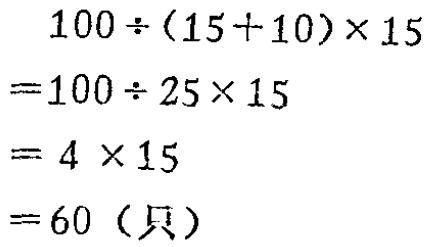
\[
\begin{align*}
&100\div(15 + 10)\times15\\
=&100\div25\times15\\
=&4\times15\\
=&60 (\text{只})
\end{align*}
\]